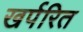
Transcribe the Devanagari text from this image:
खर्परित